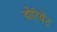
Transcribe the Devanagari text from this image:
दोरियेंट